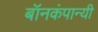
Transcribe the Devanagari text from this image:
बॉनकंपान्यी